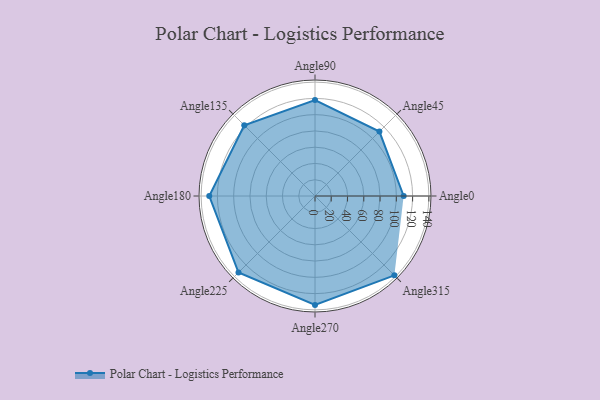
{"axis": {"x": "Angle", "y": "Radius"}, "legend": [""], "data": [{"x": "Angle0", "y": 109.0, "type": ""}, {"x": "Angle45", "y": 112.0, "type": ""}, {"x": "Angle90", "y": 118.0, "type": ""}, {"x": "Angle135", "y": 123.0, "type": ""}, {"x": "Angle180", "y": 130.0, "type": ""}, {"x": "Angle225", "y": 133.0, "type": ""}, {"x": "Angle270", "y": 134.0, "type": ""}, {"x": "Angle315", "y": 138.0, "type": ""}]}